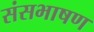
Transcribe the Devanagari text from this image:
संसभाषण